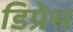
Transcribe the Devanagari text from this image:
डिप्रेस